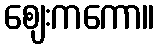
ဈေးကကော။